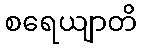
စရေယျာတိ